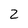
Character: 2